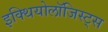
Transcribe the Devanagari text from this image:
इक्थियोलॉजिस्ट्स